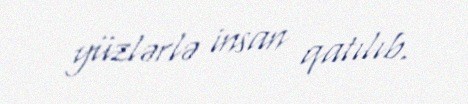
yüzlərlə insan qatılıb.